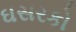
ઘસરકો